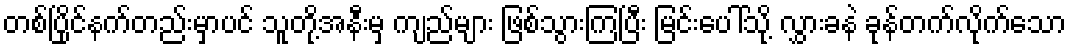
တစ်ပြိုင်နက်တည်းမှာပင် သူတို့အနီးမှ ကျည်များ ဖြစ်သွားကြပြီး မြင်းပေါ်သို့ လွှားခနဲ ခုန်တက်လိုက်သော